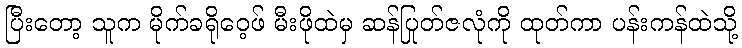
ပြီးတော့ သူက မိုက်ခရိုဝေ့ဖ် မီးဖိုထဲမှ ဆန်ပြုတ်ဇလုံကို ထုတ်ကာ ပန်းကန်ထဲသို့